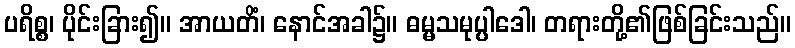
ပရိစ္စ၊ ပိုင်းခြား၍။ အာယတိံ၊ နောင်အခါ၌။ ဓမ္မသမုပ္ပါဒေါ၊ တရားတို့၏ဖြစ်ခြင်းသည်။